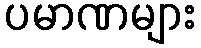
ပမာဏများ